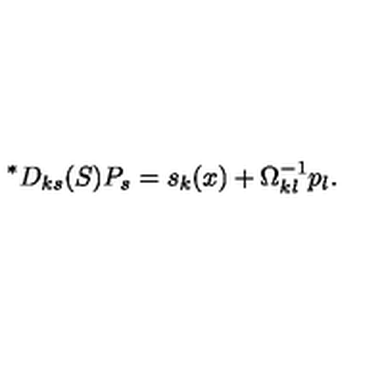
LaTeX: { } ^ { \ast } D _ { k s } ( S ) P _ { s } = { s } _ { k } ( x ) + \Omega _ { k l } ^ { - 1 } p _ { l } .